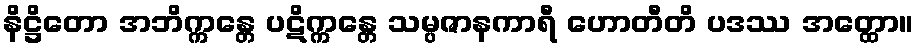
နိဋ္ဌိတော အဘိက္ကန္တေ ပဋိက္ကန္တေ သမ္ပဇာနကာရီ ဟောတီတိ ပဒဿ အတ္ထော။